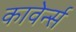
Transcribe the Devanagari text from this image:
कावेर्न्स